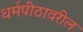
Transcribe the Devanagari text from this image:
धर्मपीठावरील